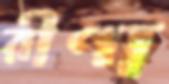
রীণা